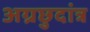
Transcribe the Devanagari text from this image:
अग्रछुदांत्र